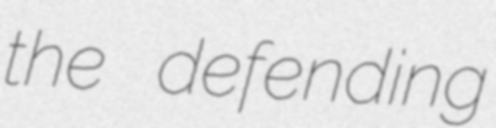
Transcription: the defending